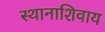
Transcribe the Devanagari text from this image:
स्थानाशिवाय